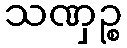
သဏှဉ္စ